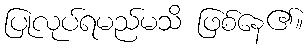
ပြုလုပ်ရမည်မသိ ဖြစ်နေ၏။